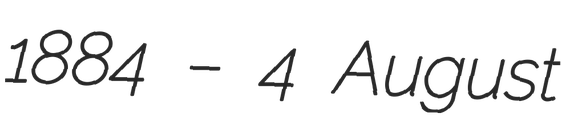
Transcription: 1884 – 4 August